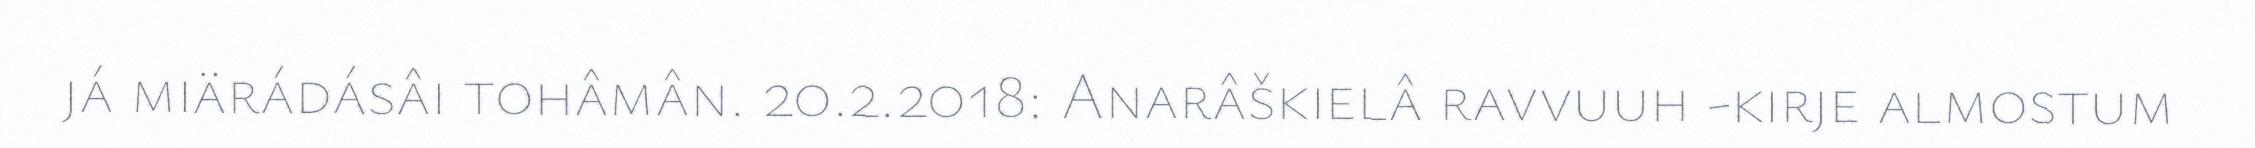
já miärádásâi tohâmân. 20.2.2018: Anarâškielâ ravvuuh -kirje almostum